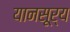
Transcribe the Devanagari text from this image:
यानसूर्य